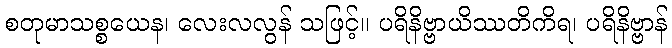
စတုမာသစ္စယေန၊ လေးလလွန် သဖြင့်။ ပရိနိဗ္ဗာယိဿတိကိရ၊ ပရိနိဗ္ဗာန်